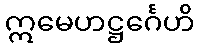
ဣမေဟဋ္ဌင်္ဂေဟိ